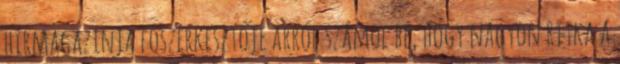
hírmagazinja főszerkesztője arról számol be, hogy nagyon ritka a